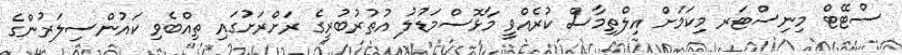
ސްޓޭޓް މިނިސްޓަރ މިކަމަށް އިލްތިމާސް ކުރެއްވީ މާޅޮސްމަޑުލު އުތުރުބުރީގެ ރަށްރަށުގައި ތިއްބެވި ކައުންސިލަރުންގެ